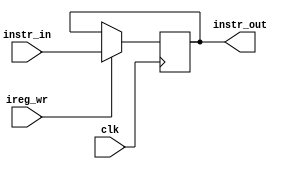

module ireg(clk, ireg_wr, instr_in, instr_out);
    input clk;
	input ireg_wr;
	input [31:0] instr_in;
	output [31:0] instr_out;
	reg [31:0] instr_out;
	
	always@(posedge clk)
	begin
	    if(ireg_wr)
		    instr_out = instr_in;
	end
endmodule